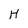
Character: H